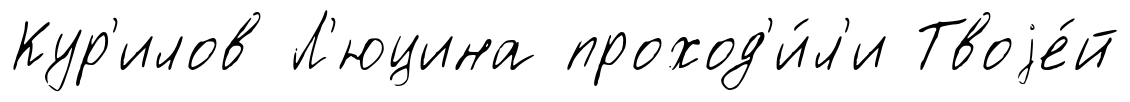
Кур'илов Л'юцина проход'и́л'и Твоjе́й